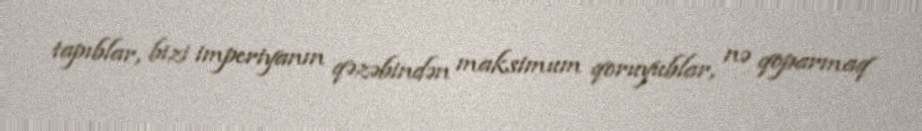
tapıblar, bizi imperiyanın qəzəbindən maksimum qoruyublar, nə qoparmaq